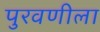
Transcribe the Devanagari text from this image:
पुरवणीला